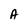
Character: A